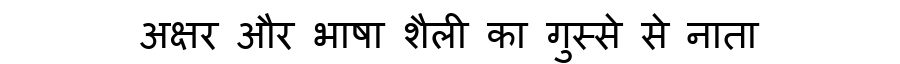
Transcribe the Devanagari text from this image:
अक्षर और भाषा शैली का गुस्से से नाता